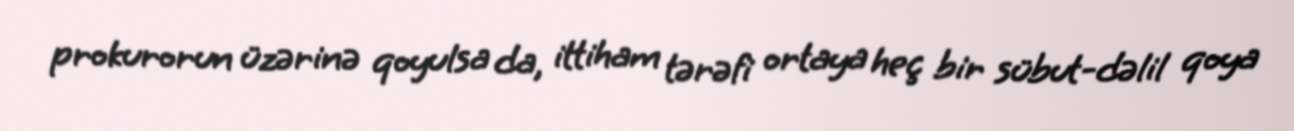
prokurorun üzərinə qoyulsa da, ittiham tərəfi ortaya heç bir sübut-dəlil qoya